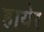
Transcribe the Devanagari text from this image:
हायेर